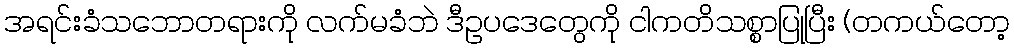
အရင်းခံသဘောတရားကို လက်မခံဘဲ ဒီဥပဒေတွေကို ငါကတိသစ္စာပြုပြီး (တကယ်တော့